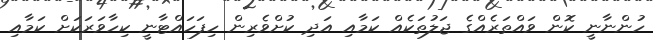
ހުންނާނީ ކޮން ވައްތަރެއްގެ ޖަލުތަކެއް ކަމާއި އަދި ކުށްވެރިން ހިފަހައްޓާނީ ކިހާވަރަކަށް ކަމާއި